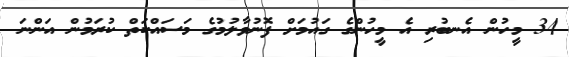
34 މީހުން އެނބުރި އެ މީހުންގެ ގައުމަށް ފޮނުވާލުމުގެ މަސައްކަތް ކުރަމުން އަންނަ